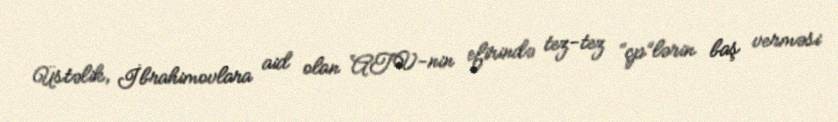
Üstəlik, İbrahimovlara aid olan ATV-nin efirində tez-tez “çp”lərin baş verməsi